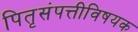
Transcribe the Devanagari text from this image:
पितृसंपत्तीविषयक